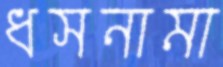
ধসনামা